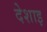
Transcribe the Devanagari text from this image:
देशाइ